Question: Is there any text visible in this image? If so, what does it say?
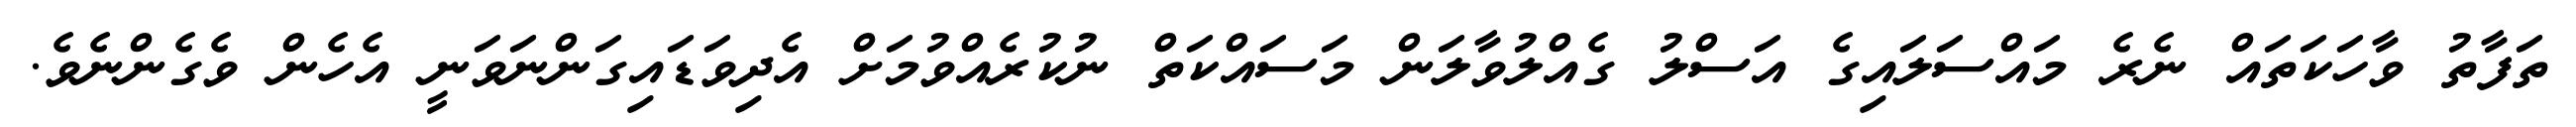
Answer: ތަފާތު ވާހަކަތައް ނެރެ މައްސަލައިގެ އަސްލު ގެއްލުވާލަން މަސައްކަތް ނުކުރެއްވުމަށް އެދިވަޑައިގަންނަވަނީ އެހެން ވެގެންނެވެ.